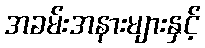
အခမ်းအနားများနှင့်